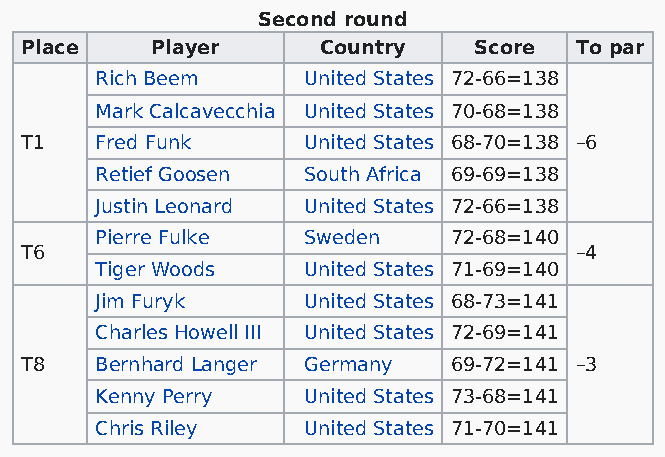
Second round
 Place    Player     Country   Score  To par
 Rich Beem     United States 72-66=138
 Mark Calcavecchia United States 70-68=138
 T1   Fred Funk     United States 68-70=138 –6
 Retief Goosen South Africa 69-69=138
 Justin Leonard United States 72-66=138
 Pierre Fulke  Sweden    72-68=140
 T6                                   –4
 Tiger Woods   United States 71-69=140
 Jim Furyk     United States 68-73=141
 Charles Howell III United States 72-69=141
 T8   Bernhard Langer Germany 69-72=141 –3
 Kenny Perry   United States 73-68=141
 Chris Riley   United States 71-70=141